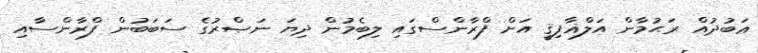
ޢަބުދުއް ރަޙުމާން އަލްޣާފިޤީ އަށް ފްރާންސްގައި ލިބެމުން ދިޔަ ނަޞްރުގެ ސަބަބުން ފްރާންސާއި